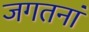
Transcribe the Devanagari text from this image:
जगतनां